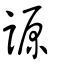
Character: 謜